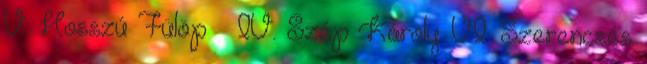
V. Hosszú Fülöp · IV. Szép Károly VI. Szerencsés